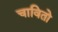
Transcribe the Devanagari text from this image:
चावितो